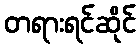
တရားရင်ဆိုင်